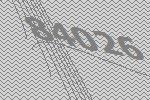
84026